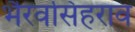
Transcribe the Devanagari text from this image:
भैरवसिंहराव